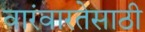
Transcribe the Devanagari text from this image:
वारंवारतेसाठी